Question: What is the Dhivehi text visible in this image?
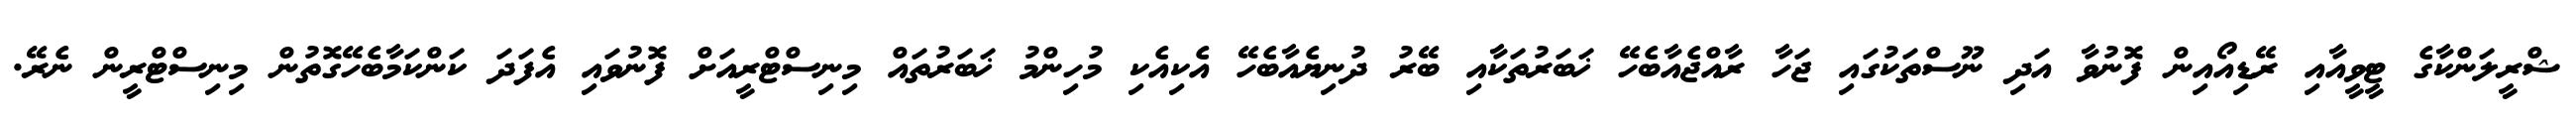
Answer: ޝްރީލަންކާގެ ޓީވީއާއި ރޭޑިއޯއިން ފޮނުވާ އަދި ނޫސްތަކުގައި ޖަހާ ރާއްޖެއާބެހޭ ޚަބަރުތަކާއި ބޭރު ދުނިޔެއާބެހޭ އެކިއެކި މުހިންމު ޚަބަރުތައް މިނިސްޓްރީއަށް ފޮނުވައި އެފަދަ ކަންކަމާބެހޭގޮތުން މިނިސްޓްރީން ނެރޭ.